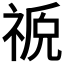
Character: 𫀖